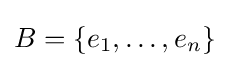
B=\{e_{1},\dots ,e_{n}\}